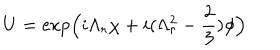
LaTeX: U = \exp \Bigl ( i \Lambda _ { r } \chi + i ( \Lambda _ { r } ^ { 2 } - \frac { 2 } { 3 } ) \phi \Bigr ) \